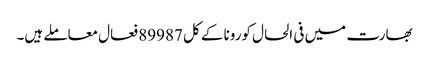
بھارت میں فی الحال کورونا کے کل 89987 فعال معاملے ہیں۔